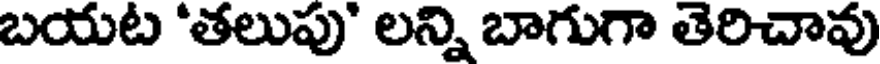
బయట 'తలుపు' లన్ని బాగుగా తెరిచావు